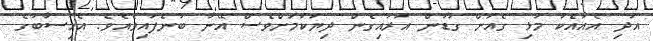
އަދި އެއާއެކު މުޅި ގެއަށް ގުޑުން އަރައިގެން ދިޔަކަމަށްވެސް އޭނާ ބުނެފައިވެއެވެ. އެހިސާބުގެ